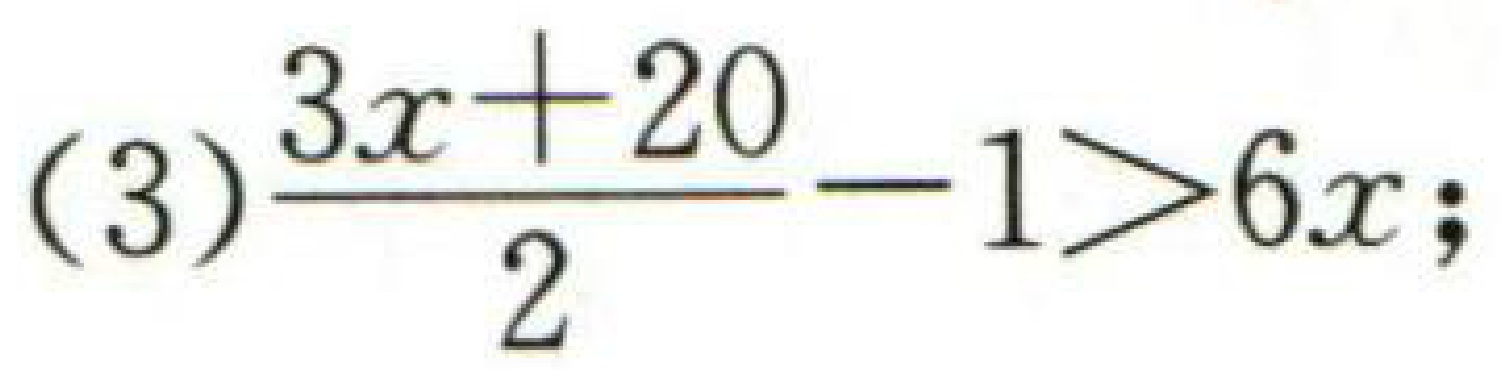
(3) \(\frac{3x + 20}{2}-1>6x\);